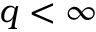
q < \infty